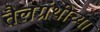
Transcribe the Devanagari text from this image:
तैलग्रंथींच्या